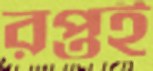
রপ্তই